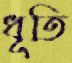
ধূতি